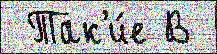
 Так'и́е В